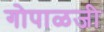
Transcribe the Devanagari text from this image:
गोपाळजी